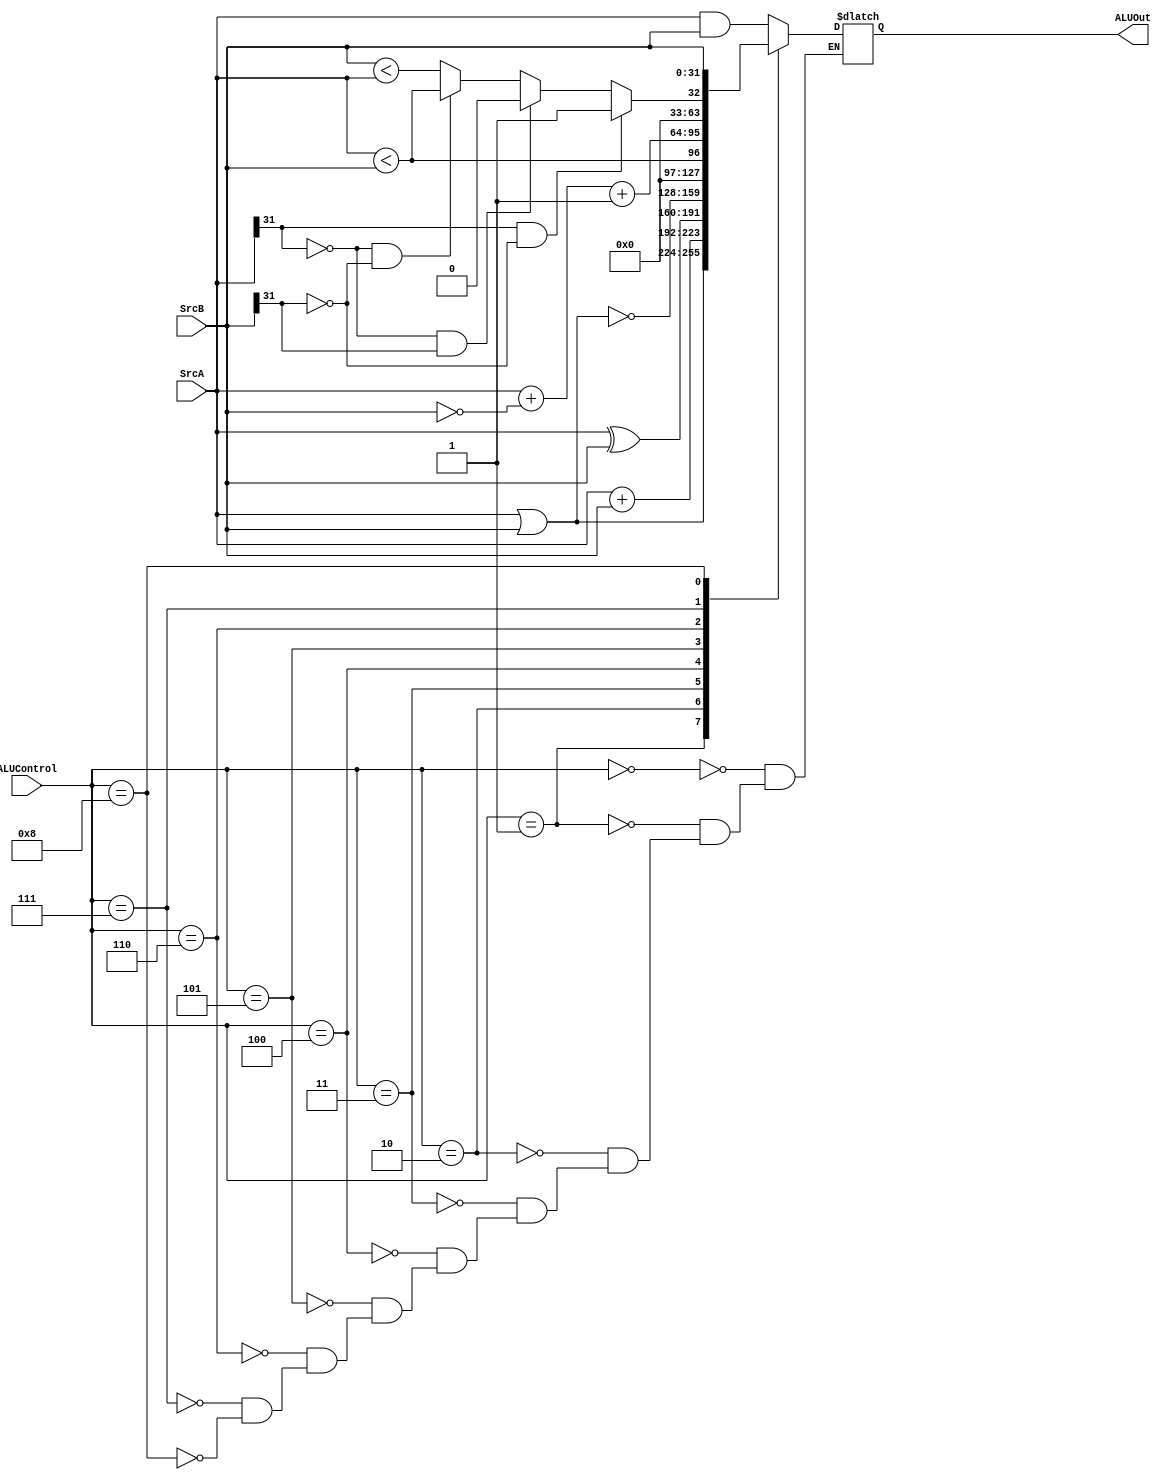
module alu(
	input  [31:0] SrcA, SrcB,
	input  [3:0]  ALUControl,
	output [31:0] ALUOut);

	reg  [31:0] 	result;
	
	wire [31:0] 	sum, diff;
	wire			carry;
	
	// use subtraction carry to calculate sltu
	assign sum = SrcA + SrcB;
	assign {carry, diff} = SrcA + ~SrcB + 32'd1;
	
	// use subtraction overflow flag to calculate slt
	assign subtraction_overflow = (SrcA[31] != SrcB[31] && diff[31] != SrcA[31]) ? 1 : 0;
	assign slt = subtraction_overflow ? ~(diff[31]) : diff[31];
	
	always @(*)
	begin
		case (ALUControl)
			4'b0000: result = (SrcA & SrcB); // and
			4'b0001: result = (SrcA | SrcB); // or
			4'b0010: result = sum; // add
			4'b0011: result = (SrcA ^ SrcB); // xor
			4'b0100: result = ~(SrcA | SrcB); // nor
			4'b0101: result = SrcA < SrcB; // unsigned set less than
			4'b0110: result = diff; // subtract
			4'b0111: result =  // set less than
						(SrcA[31]==1 && SrcB[31]==0) ? 32'd1 :
						(SrcA[31]==0 && SrcB[31]==1) ? 32'd0 :
						(SrcA[31]==0 && SrcB[31]==0) ? (SrcA < SrcB) : (SrcB < SrcA);
			4'b1000: result = SrcB; // b
		endcase
	end
		
	assign ALUOut = result;
	
endmodule